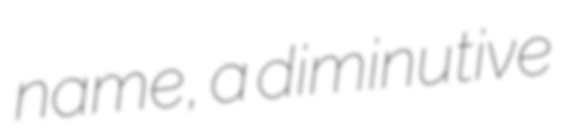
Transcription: name, a diminutive